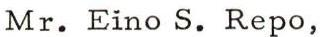
Mr. Eino S. Repo,